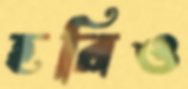
হরিও